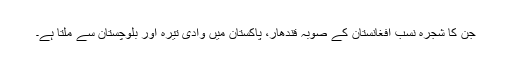
جن کا شجرہ نسب افغانستان کے صوبہ قندھار، پاکستان میں وادی تیرہ اور بلوچستان سے ملتا ہے۔